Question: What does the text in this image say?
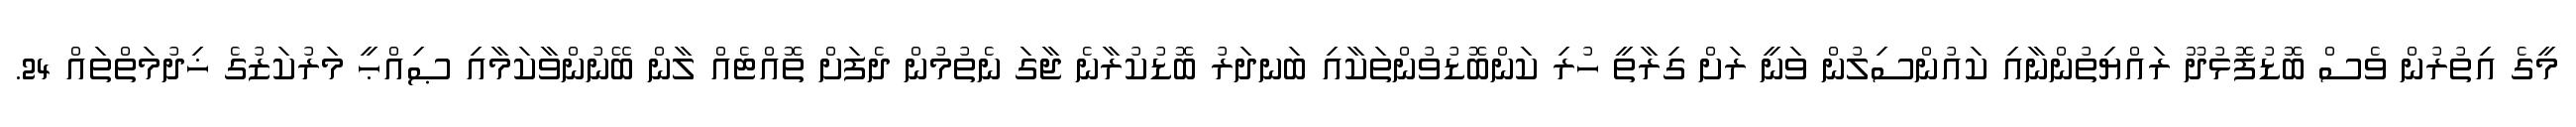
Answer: މީގެ އިތުރުން ވެސް ބޮޑުފޮޅުދޫ ރައްޔިތުންނާއި ކައުންސިލުން ވަނީ ރަށް ގިރާތީ ހުރި ކަންބޮޑުވުންތަކާއި ބަނދަރު ބޮޑުކުރާނެ ޖާގަ ނެތުމުން ދެފަށް ތޮއްޓެއް ލާން ބޭނުންވާކަމާއި ޞިއްޙީ މަރުކަޒުގެ ޚިދުމަތްތައް 24.